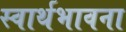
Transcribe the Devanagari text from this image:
स्वार्थभावना